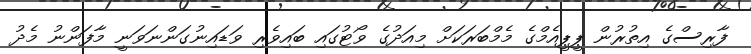
ފާރިސްގެ އިތުރުން ޕީޕީއެމްގެ މެމްބަރަކަށް މިއަދުގެ ވޯޓުގައި ބައިވެރި ވަޑައިނުގަންނަވަނީ މާފަންނު މެދު